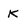
Character: K